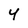
Character: 4